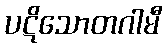
ပဋိသောတဂါမီ